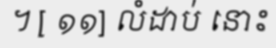
។ [ ១១] លំដាប់ នោះ